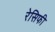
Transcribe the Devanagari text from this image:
रेसिफी